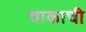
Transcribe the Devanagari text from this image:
वाकाची